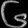
Digit: ၆